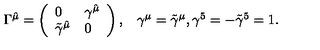
\begin{array} { c c c } { \Gamma ^ { \hat { \mu } } = \left( \begin{array} { l l } { 0 } & { \gamma ^ { \hat { \mu } } } \\ { \tilde { \gamma } ^ { \hat { \mu } } } & { 0 } \\ \end{array} \right) , } & { \gamma ^ { \mu } = \tilde { \gamma } ^ { \mu } , \gamma ^ { 5 } = - \tilde { \gamma } ^ { 5 } = 1 . } \\ \end{array}